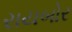
રાયબોર